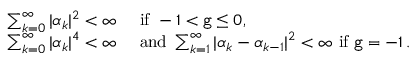
\begin{array} { r l } { \sum _ { k = 0 } ^ { \infty } | \alpha _ { k } | ^ { 2 } < \infty \ } & { \mathrm { i f } \ - 1 < { \tt g } \leq 0 , } \\ { \sum _ { k = 0 } ^ { \infty } | \alpha _ { k } | ^ { 4 } < \infty \ } & { \mathrm { a n d } \ \sum _ { k = 1 } ^ { \infty } | \alpha _ { k } - \alpha _ { k - 1 } | ^ { 2 } < \infty \ \mathrm { i f } \ { \tt g } = - 1 \, . } \end{array}